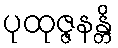
ပုထုဇ္ဇနန္တိ